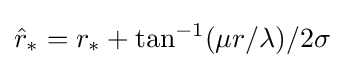
{\hat {r}}_{*}=r_{*}+\tan ^{-1}(\mu r/\lambda )/2\sigma